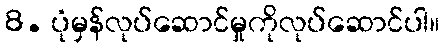
8. ပုံမှန်လုပ်ဆောင်မှုကိုလုပ်ဆောင်ပါ။